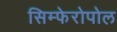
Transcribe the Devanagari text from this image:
सिम्फेरोपोल